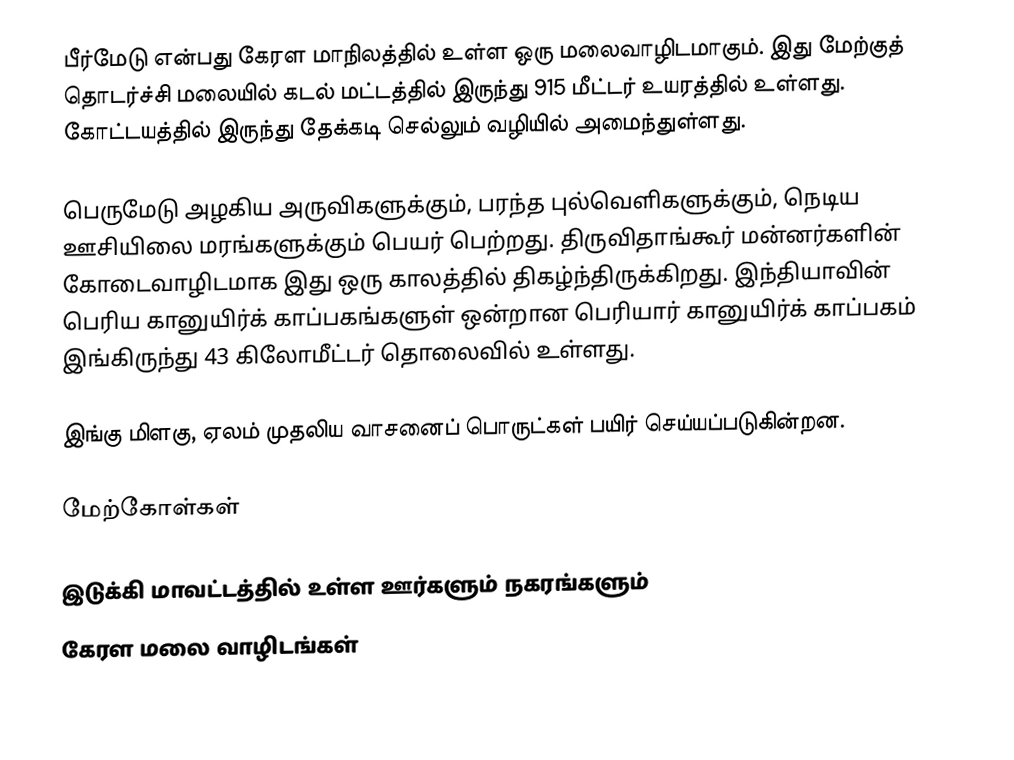
பீர்மேடு என்பது கேரள மாநிலத்தில் உள்ள ஒரு மலைவாழிடமாகும். இது மேற்குத் தொடர்ச்சி மலையில் கடல் மட்டத்தில் இருந்து 915 மீட்டர் உயரத்தில் உள்ளது. கோட்டயத்தில் இருந்து தேக்கடி செல்லும் வழியில் அமைந்துள்ளது.

பெருமேடு அழகிய அருவிகளுக்கும், பரந்த புல்வெளிகளுக்கும், நெடிய ஊசியிலை மரங்களுக்கும் பெயர் பெற்றது. திருவிதாங்கூர் மன்னர்களின் கோடைவாழிடமாக இது ஒரு காலத்தில் திகழ்ந்திருக்கிறது. இந்தியாவின் பெரிய கானுயிர்க் காப்பகங்களுள் ஒன்றான பெரியார் கானுயிர்க் காப்பகம் இங்கிருந்து 43 கிலோமீட்டர் தொலைவில் உள்ளது.

இங்கு மிளகு, ஏலம் முதலிய வாசனைப் பொருட்கள் பயிர் செய்யப்படுகின்றன.

மேற்கோள்கள்

இடுக்கி மாவட்டத்தில் உள்ள ஊர்களும் நகரங்களும்
கேரள மலை வாழிடங்கள்